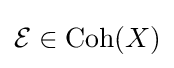
{\mathcal {E}}\in {\text{Coh}}(X)